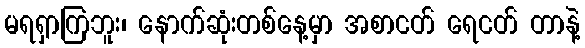
မရရှာကြဘူး၊ နောက်ဆုံးတစ်နေ့မှာ အစာငတ် ရေငတ် တာနဲ့